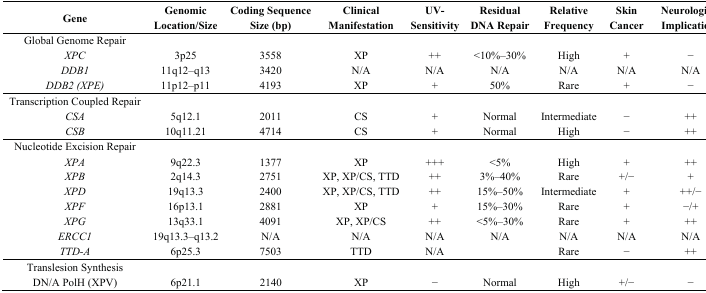
<table><thead><tr><td><b>Gene</b></td><td><b>Genomic Location/Size</b></td><td><b>Coding Sequence Size (bp)</b></td><td><b>Clinical Manifestation</b></td><td><b>UV-Sensitivity</b></td><td><b>Residual DNA Repair</b></td><td><b>Relative Frequency</b></td><td><b>Skin Cancer</b></td><td><b>Neurological Implications</b></td></tr></thead><tbody><tr><td>Global Genome Repair</td><td></td><td></td><td></td><td></td><td></td><td></td><td></td><td></td></tr><tr><td><i>XPC</i></td><td>3p25</td><td>3558</td><td>XP</td><td>++</td><td>&lt;10%–30%</td><td>High</td><td>+</td><td>−</td></tr><tr><td><i>DDB1</i></td><td>11q12–q13</td><td>3420</td><td>N/A</td><td>N/A</td><td>N/A</td><td>N/A</td><td>N/A</td><td>N/A</td></tr><tr><td><i>DDB2 (XPE)</i></td><td>11p12–p11</td><td>4193</td><td>XP</td><td>+</td><td>50%</td><td>Rare</td><td>+</td><td>−</td></tr><tr><td>Transcription Coupled Repair</td><td></td><td></td><td></td><td></td><td></td><td></td><td></td><td></td></tr><tr><td><i>CSA</i></td><td>5q12.1</td><td>2011</td><td>CS</td><td>+</td><td>Normal</td><td>Intermediate</td><td>−</td><td>++</td></tr><tr><td><i>CSB</i></td><td>10q11.21</td><td>4714</td><td>CS</td><td>+</td><td>Normal</td><td>High</td><td>−</td><td>++</td></tr><tr><td>Nucleotide Excision Repair</td><td></td><td></td><td></td><td></td><td></td><td></td><td></td><td></td></tr><tr><td><i>XPA</i></td><td>9q22.3</td><td>1377</td><td>XP</td><td>+++</td><td>&lt;5%</td><td>High</td><td>+</td><td>++</td></tr><tr><td><i>XPB</i></td><td>2q14.3</td><td>2751</td><td>XP, XP/CS, TTD</td><td>++</td><td>3%–40%</td><td>Rare</td><td>+/−</td><td>+</td></tr><tr><td><i>XPD</i></td><td>19q13.3</td><td>2400</td><td>XP, XP/CS, TTD</td><td>++</td><td>15%–50%</td><td>Intermediate</td><td>+</td><td>++/−</td></tr><tr><td><i>XPF</i></td><td>16p13.1</td><td>2881</td><td>XP</td><td>+</td><td>15%–30%</td><td>Rare</td><td>+</td><td>−/+</td></tr><tr><td><i>XPG</i></td><td>13q33.1</td><td>4091</td><td>XP, XP/CS</td><td>++</td><td>&lt;5%–30%</td><td>Rare</td><td>+</td><td>++</td></tr><tr><td><i>ERCC1</i></td><td>19q13.3–q13.2</td><td>N/A</td><td>N/A</td><td>N/A</td><td>N/A</td><td>N/A</td><td>N/A</td><td>N/A</td></tr><tr><td><i>TTD-A</i></td><td>6p25.3</td><td>7503</td><td>TTD</td><td>N/A</td><td></td><td>Rare</td><td>−</td><td>++</td></tr><tr><td>Translesion Synthesis</td><td></td><td></td><td></td><td></td><td></td><td></td><td></td><td></td></tr><tr><td>DN/A PolH (XPV)</td><td>6p21.1</td><td>2140</td><td>XP</td><td>−</td><td>Normal</td><td>High</td><td>+/−</td><td>−</td></tr></tbody></table>